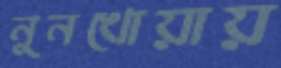
নুনখোয়ায়